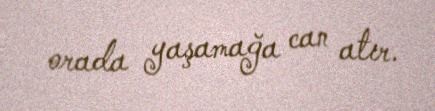
orada yaşamağa can atır.